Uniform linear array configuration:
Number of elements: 16
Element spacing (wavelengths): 0.75
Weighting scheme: kaiser
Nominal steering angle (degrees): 60
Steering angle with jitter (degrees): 60.487
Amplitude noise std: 0.05
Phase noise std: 0.05

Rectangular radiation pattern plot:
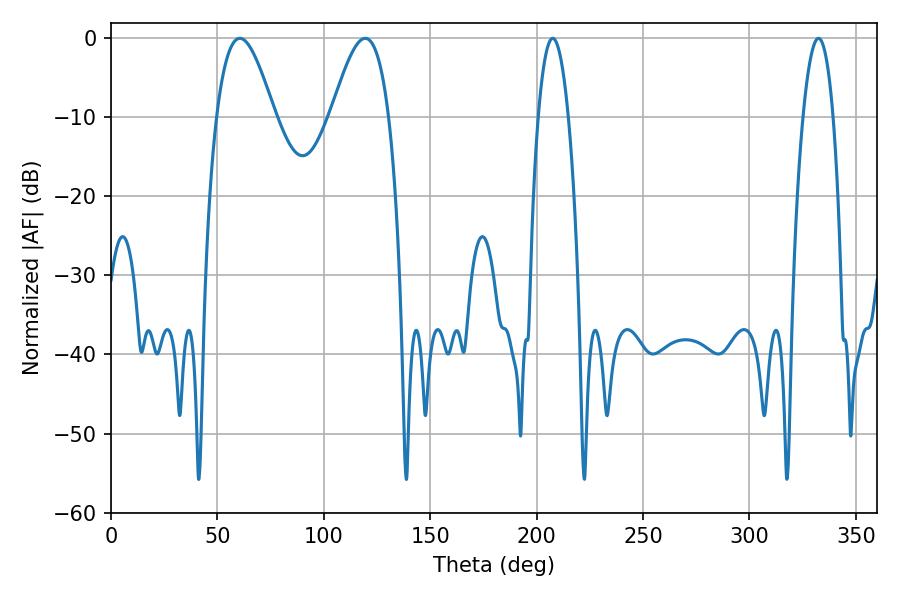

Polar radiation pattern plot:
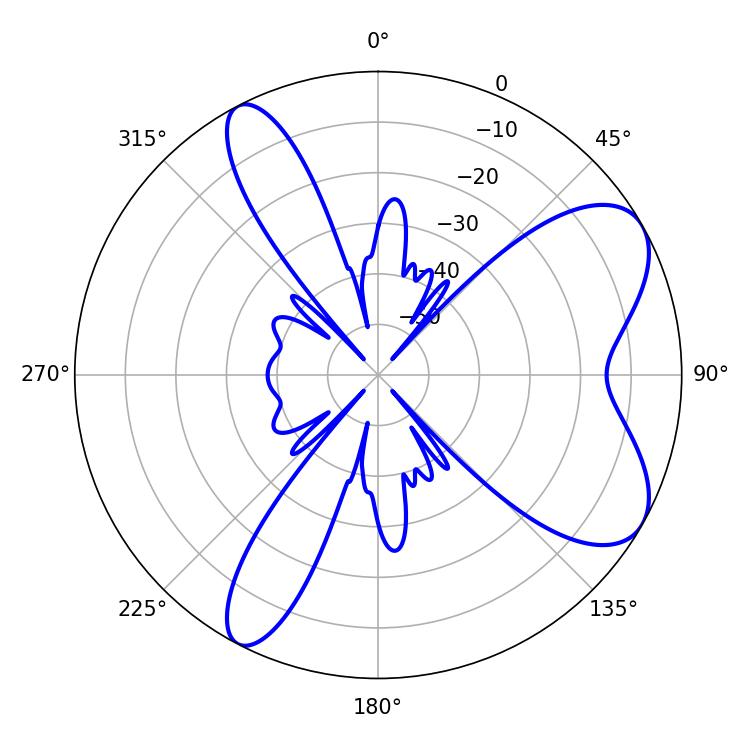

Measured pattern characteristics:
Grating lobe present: TRUE
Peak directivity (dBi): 7.347
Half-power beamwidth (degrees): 7.74
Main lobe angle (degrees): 207.54